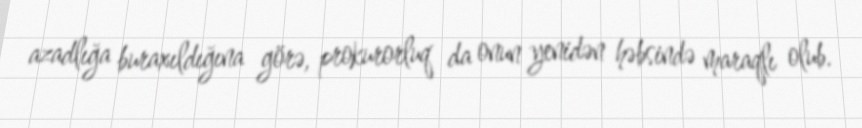
azadlığa buraxıldığına görə, prokurorluq da onun yenidən həbsində maraqlı olub.